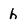
Character: h